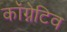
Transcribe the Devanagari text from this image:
कॉग्नेटिव